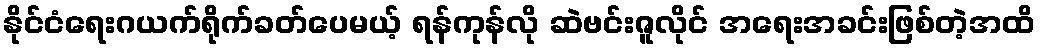
နိုင်ငံရေးဂယက်ရိုက်ခတ်ပေမယ့် ရန်ကုန်လို ဆဲဗင်းဇူလိုင် အရေးအခင်းဖြစ်တဲ့အထိ